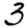
Digit: 3